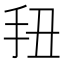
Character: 𭠖